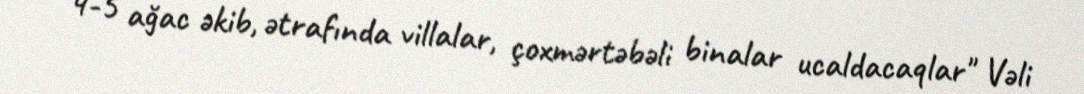
4-5 ağac əkib, ətrafında villalar, çoxmərtəbəli binalar ucaldacaqlar" Vəli